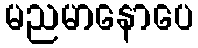
မညမာနောပေ